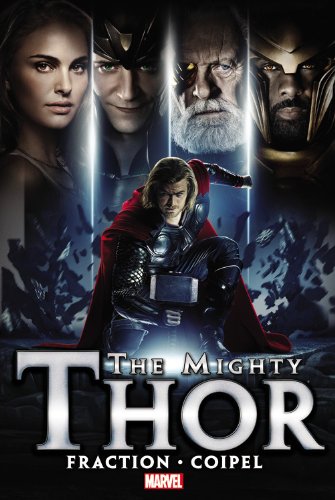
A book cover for The Mighty Thor, Vol. 1; Matt Fraction; Comics & Graphic Novels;